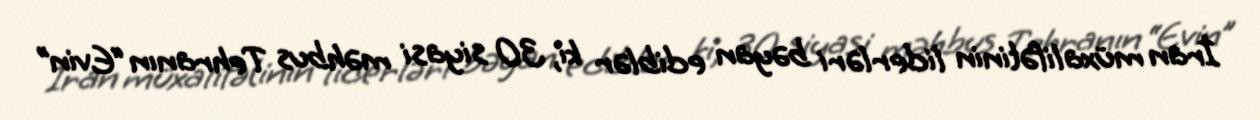
İran müxalifətinin liderləri bəyan ediblər ki, 30 siyasi məhbus Tehranın “Evin”